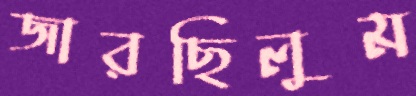
জারছিলুম